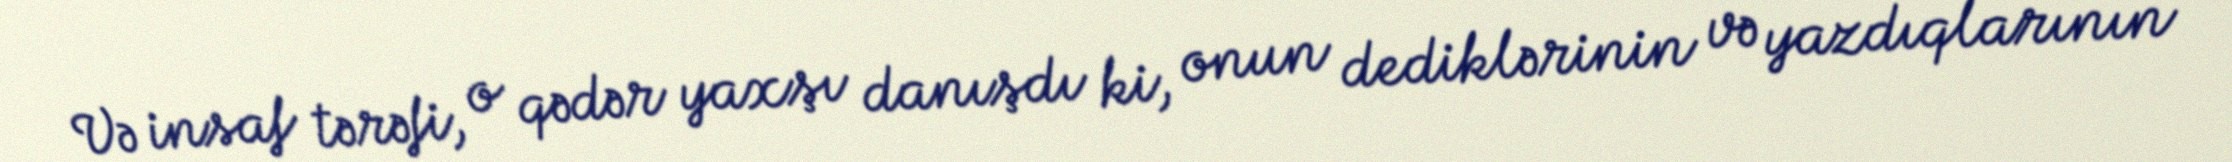
Və insaf tərəfi, o qədər yaxşı danışdı ki, onun dediklərinin və yazdıqlarının